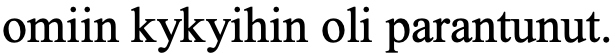
omiin kykyihin oli parantunut.